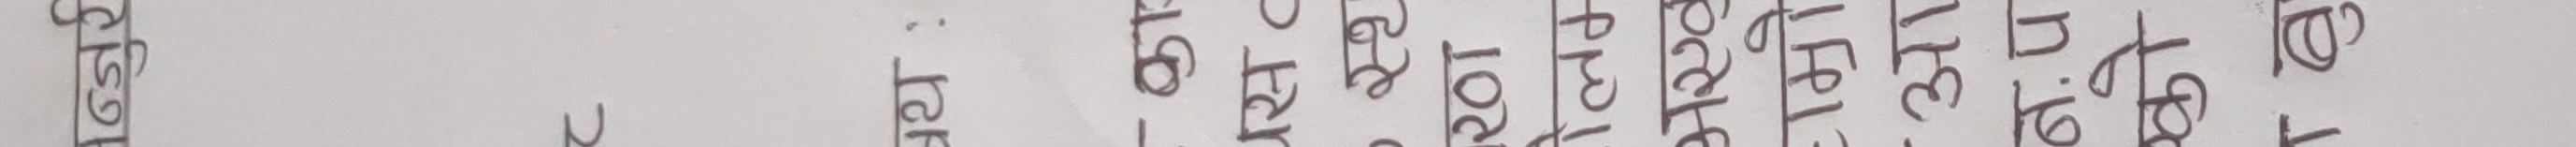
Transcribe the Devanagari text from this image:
त्युर्र
वय :
-का
यस C
स्ट
201
अएव
हाम्रो
आ
न. प
को
बु